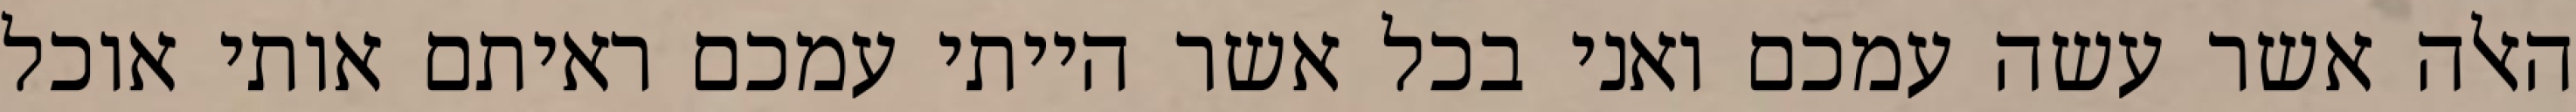
האלה אשר עשה עמכם ואני בכל אשר הייתי עמכם ראיתם אותי אוכל